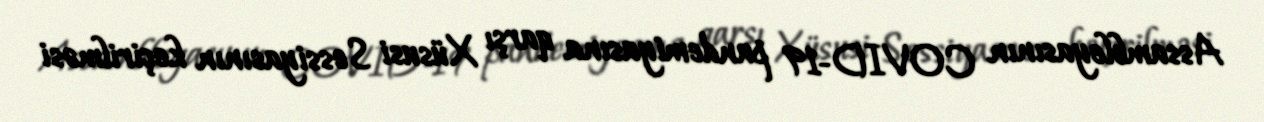
Assambleyasının COVID-19 pandemiyasına qarşı Xüsusi Sessiyasının keçirilməsi